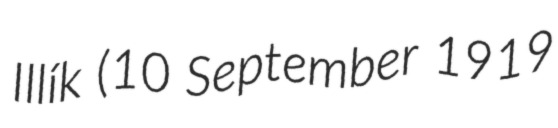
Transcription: Illík (10 September 1919